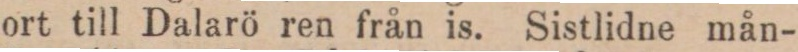
ort till Dalarö ren från is. Sistlidne mån-